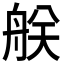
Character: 𦨶